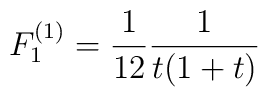
F_1^{(1)} =  {1 \over 12} { 1  \over t ( 1 + t) }